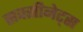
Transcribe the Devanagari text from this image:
सक्सीनेट्स